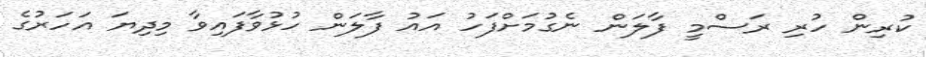
ކުރިން ހުރި ރަސްމީ ފާލަން ނެގުމަށްފަހު އައު ފާލަން ހުޅުވާފައިވާ މިދިޔަ އަހަރުގެ